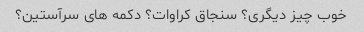
خوب چیز دیگری؟ سنجاق کراوات؟ دکمه های سرآستین؟